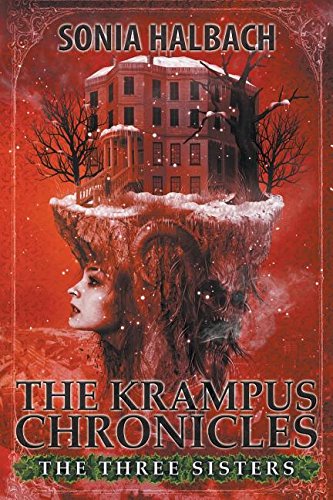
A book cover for The Three Sisters (the Krampus Chronicles: Book One); Sonia Halbach; Science Fiction & Fantasy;